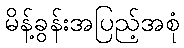
မိန့်ခွန်းအပြည့်အစုံ